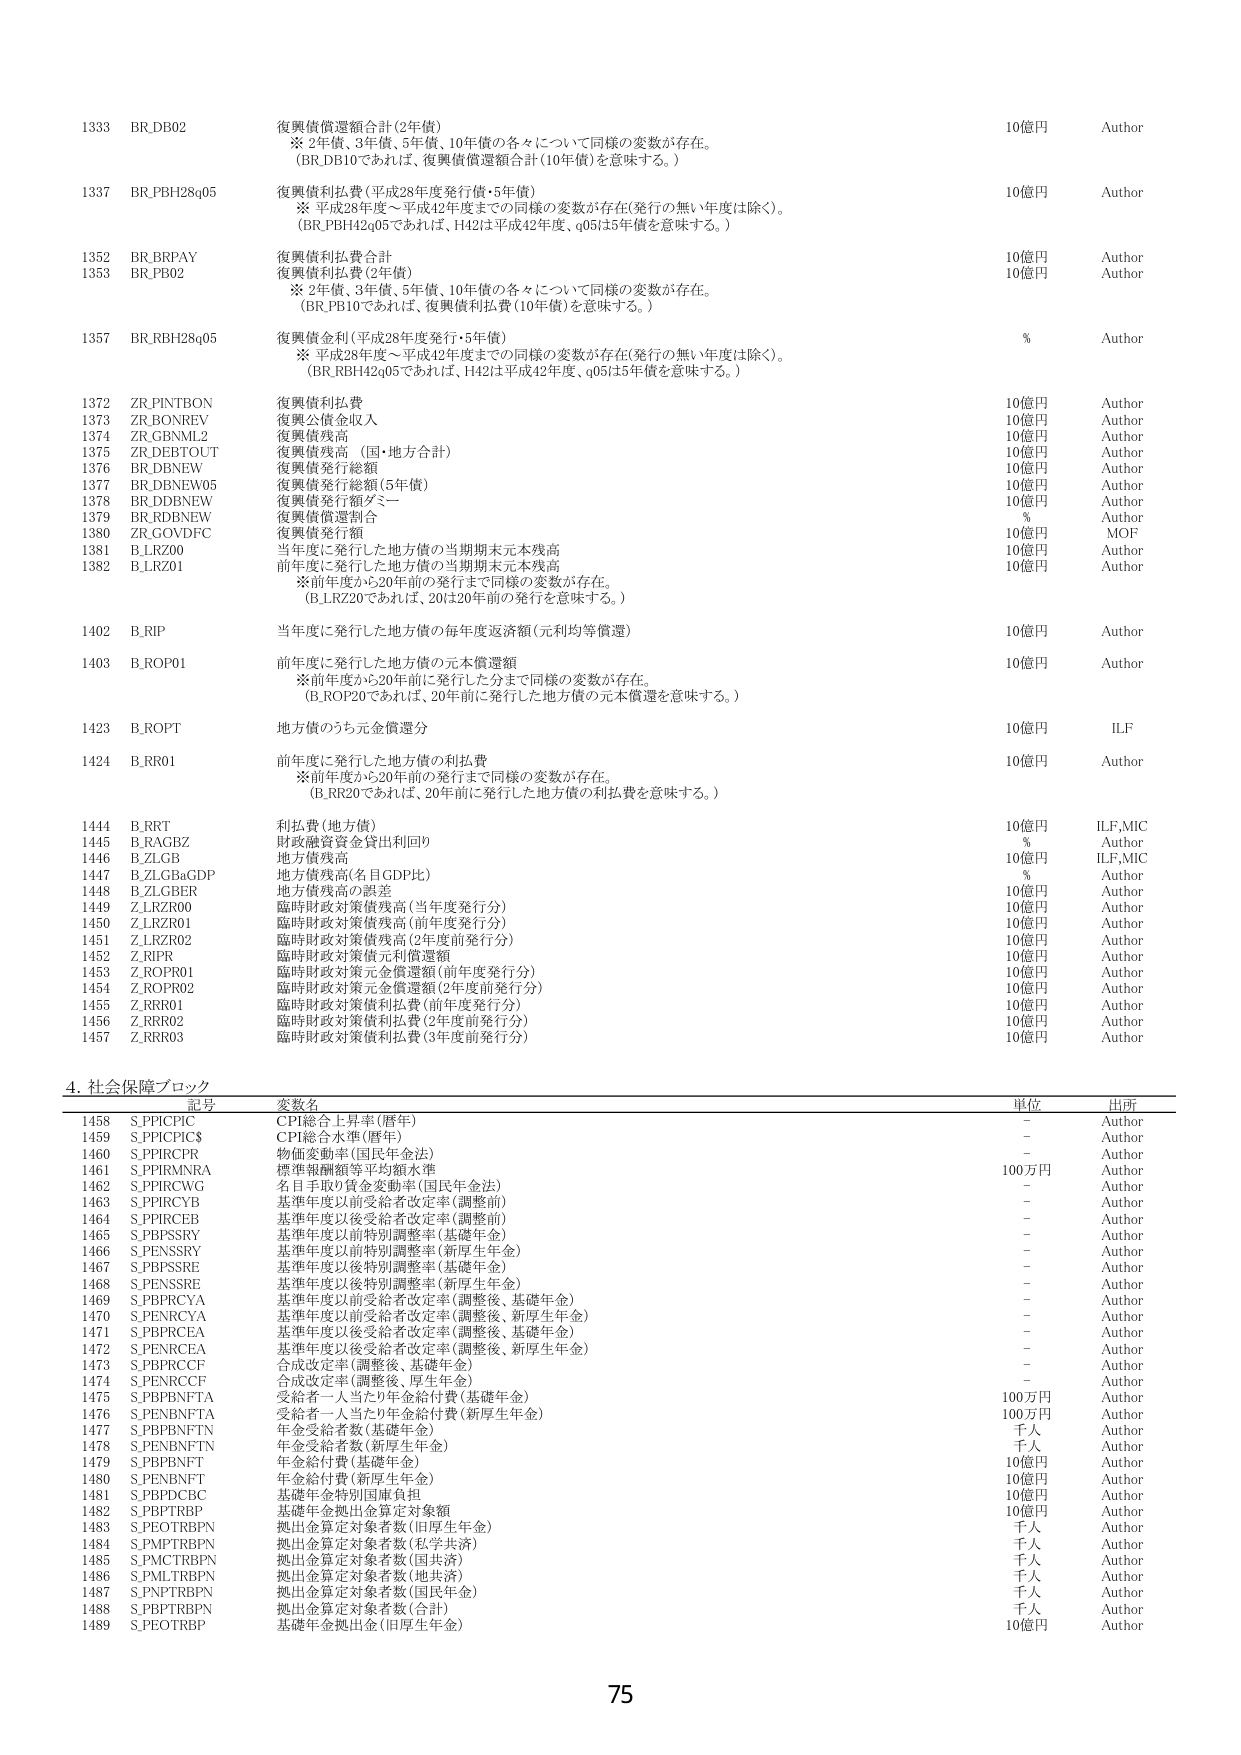
1333 BR_DB02 復興債償還額合計(2年債) 10億円 Author
※ 2年債、3年債、5年債、10年債の各々について同様の変数が存在。
(BR_DB10であれば、復興債償還額合計(10年債)を意味する。)

1337 BR_PBH28q05 復興債利払費(平成28年度発行債・5年債) 10億円 Author
※ 平成28年度～平成42年度までの同様の変数が存在(発行の無い年度は除く)。
(BR_PBH42q05であれば、H42は平成42年度、q05は5年債を意味する。)

1352 BR_BRPAY 復興債利払費合計 10億円 Author
1353 BR_PB02 復興債利払費(2年債) 10億円 Author
※ 2年債、3年債、5年債、10年債の各々について同様の変数が存在。
(BR_PB10であれば、復興債利払費(10年債)を意味する。)

1357 BR_RBH28q05 復興債金利(平成28年度発行・5年債) % Author
※ 平成28年度～平成42年度までの同様の変数が存在(発行の無い年度は除く)。
(BR_RBH42q05であれば、H42は平成42年度、q05は5年債を意味する。)

1372 ZR_PINTBON 復興債利払費 10億円 Author
1373 ZR_BONREV 復興公債収入 10億円 Author
1374 ZR_GBNML2 復興債残高 10億円 Author
1375 ZR_DEBTOUT 復興債残高 (国・地方合計) 10億円 Author
1376 BR_DBNEW 復興債発行総額 10億円 Author
1377 BR_DBNEW05 復興債発行総額(5年債) 10億円 Author
1378 BR_DBBNW 復興債発行額ダミー 10億円 Author
1379 BR_RDBNEW 復興債償還割合 % Author
1380 ZR_GOVDFC 復興債発行額 10億円 MOF
1381 B_LRZ00 当年度に発行した地方債の当期期末元本残高 10億円 Author
1382 B_LRZ01 前年度に発行した地方債の当期期末元本残高 10億円 Author
※前年度から20年前の発行まで同様の変数が存在。
(B_LRZ20であれば、20は20年前の発行を意味する。)

1402 B_RIP 当年度に発行した地方債の毎年度返済額(元利均等償還) 10億円 Author
1403 B_ROP01 前年度に発行した地方債の元本償還額 10億円 Author
※前年度から20年前に発行した分まで同様の変数が存在。
(B_ROP20であれば、20年前に発行した地方債の元本償還を意味する。)

1423 B_ROPT 地方債のうち元金償還分 10億円 ILF
1424 B_RR01 前年度に発行した地方債の利払費 10億円 Author
※前年度から20年前の発行まで同様の変数が存在。
(B_RR20であれば、20年前に発行した地方債の利払費を意味する。)

1444 B_RRT 利払費(地方債) 10億円 ILF,MIC
1445 B_RAGBZ 財政融資資金貸出利回り % Author
1446 B_ZLGB 地方債残高 10億円 ILF,MIC
1447 B_ZLGBaGDP 地方債残高(名目GDP比) % Author
1448 B_ZLGBER 地方債残高の誤差 10億円 Author
1449 Z_LRZR00 臨時財政対策債残高(当年度発行分) 10億円 Author
1450 Z_LRZR01 臨時財政対策債残高(前年度発行分) 10億円 Author
1451 Z_LRZR02 臨時財政対策債残高(3年度前発行分) 10億円 Author
1452 Z_RIPR 臨時財政対策債元利償還額 10億円 Author
1453 Z_ROPR01 臨時財政対策元金償還額(前年度発行分) 10億円 Author
1454 Z_ROPR02 臨時財政対策元金償還額(2年度前発行分) 10億円 Author
1455 Z_RRR01 臨時財政対策債利払費(前年度発行分) 10億円 Author
1456 Z_RRR02 臨時財政対策債利払費(2年度前発行分) 10億円 Author
1457 Z_RRR03 臨時財政対策債利払費(3年度前発行分) 10億円 Author

4. 社会保障ブロック
記号 変数名 単位 出所
1458 S_PPICPIC CPI総合上昇率(暦年) - Author
1459 S_PPIPIC$ CPI総合水準(暦年) - Author
1460 S_PPIPCPR 物価変動率(国民年金法) - Author
1461 S_PPIRMNRA 標準報酬額等平均額水準 100万円 Author
1462 S_PPIRCWG 名目手取り賃金変動率(国民年金法) - Author
1463 S_PPIRCYB 基準年度以前受給者改定率(調整前) - Author
1464 S_PPIRCEB 基準年度以後受給者改定率(調整前) - Author
1465 S_PBPSRY 基準年度以前特別調整率(基礎年金) - Author
1466 S_PENSSRY 基準年度以前特別調整率(新厚生年金) - Author
1467 S_PBPSRE 基準年度以後特別調整率(基礎年金) - Author
1468 S_PENSRE 基準年度以後特別調整率(新厚生年金) - Author
1469 S_PBPRCYA 基準年度以前受給者改定率(調整後、基礎年金) - Author
1470 S_PENRCYA 基準年度以前受給者改定率(調整後、新厚生年金) - Author
1471 S_PBPRCEA 基準年度以後受給者改定率(調整後、基礎年金) - Author
1472 S_PENRCEA 基準年度以後受給者改定率(調整後、新厚生年金) - Author
1473 S_PBPRCCF 合成改定率(調整後、基礎年金) - Author
1474 S_PENRCCF 合成改定率(調整後、厚生年金) - Author
1475 S_PBPNFTA 受給者一人当たり年金給付費(基礎年金) 100万円 Author
1476 S_PENBNFTA 受給者一人当たり年金給付費(新厚生年金) 100万円 Author
1477 S_PBPNFTN 年金受給者数(基礎年金) 千人 Author
1478 S_PENBNFTN 年金受給者数(新厚生年金) 千人 Author
1479 S_PBPNFPT 年金給付費(基礎年金) 10億円 Author
1480 S_PENBNFT 年金給付費(新厚生年金) 10億円 Author
1481 S_PBPDCBC 基礎年金特別国庫負担 10億円 Author
1482 S_PBPTRBP 基礎年金拠出金算定対象額 10億円 Author
1483 S_PEOTRBNP 拠出金算定対象者数(旧厚生年金) 千人 Author
1484 S_PMPTRBNP 拠出金算定対象者数(私学共済) 千人 Author
1485 S_PMCTRBNP 拠出金算定対象者数(国共済) 千人 Author
1486 S_PMLTRBNP 拠出金算定対象者数(地共済) 千人 Author
1487 S_PNTRBNP 拠出金算定対象者数(国民年金) 千人 Author
1488 S_PBPTRBNP 拠出金算定対象者数(合計) 千人 Author
1489 S_PEOTRBP 基礎年金拠出金(旧厚生年金) 10億円 Author

75